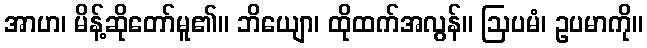
အာဟ၊ မိန့်ဆိုတော်မူ၏။ ဘိယျော၊ ထိုထက်အလွန်။ ဩပမံ၊ ဥပမာကို။